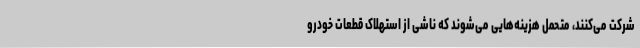
شرکت می‌کنند، متحمل هزینه‌هایی می‌شوند که ناشی از استهلاک قطعات خودرو